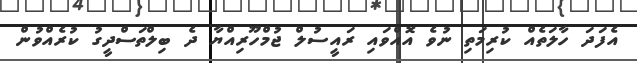
އެފަދަ ހާލަތެއް ކުރިމަތި ނުވެ އޮއްވައި ރައީސުލް ޖުމްހޫރިއްޔާ ދެ ބިލްތަސްދީގު ކުރެއްވުން